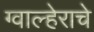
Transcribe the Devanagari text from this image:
ग्वाल्हेराचे